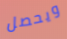
ويحصل